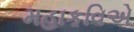
મહાકવિએ